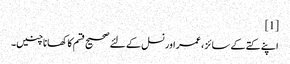
[1]
اپنے کتے کے سائز ، عمر اور نسل کے لئے صحیح قسم کا کھانا چنیں۔